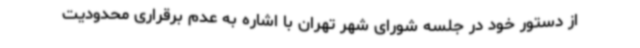
از دستور خود در جلسه شورای شهر تهران با اشاره به عدم برقراری محدودیت